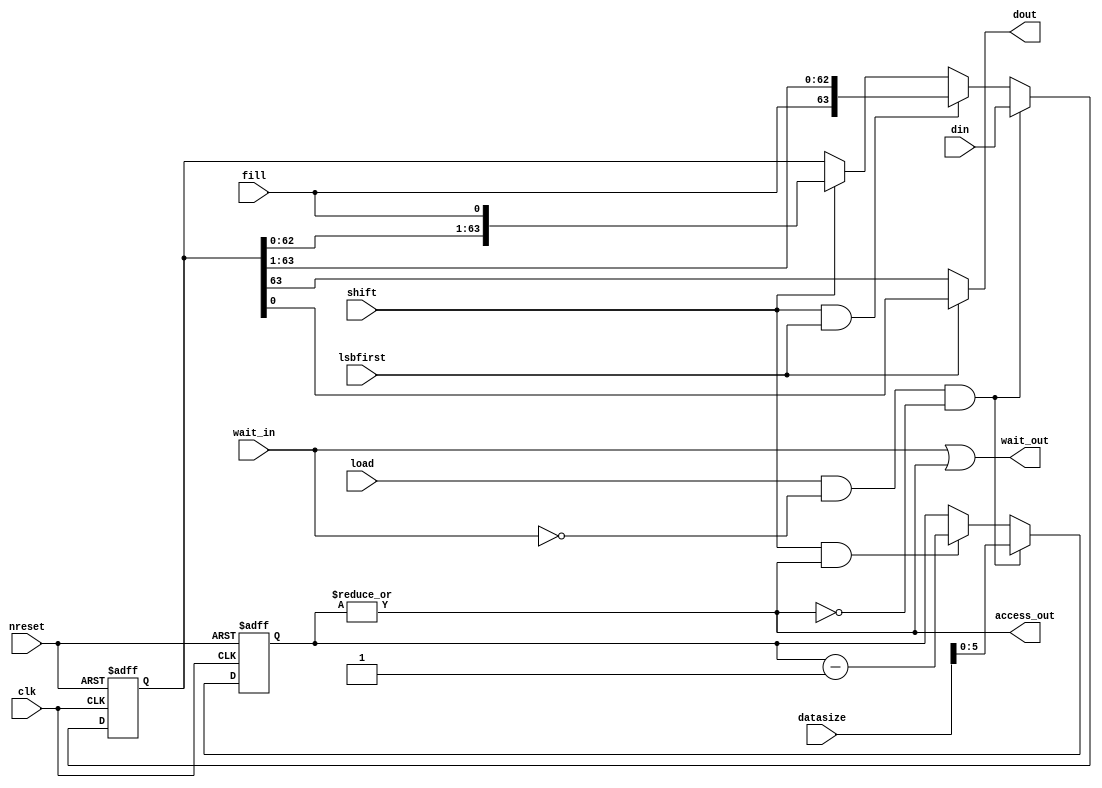
module oh_par2ser #(parameter PW = 64, // parallel packet width
		    parameter SW = 1,  // serial packet width
		    parameter CW = $clog2(PW/SW)  // serialization factor
		    )
   (
    input 	    clk, // sampling clock   
    input 	    nreset, // async active low reset
    input [PW-1:0]  din, // parallel data
    output [SW-1:0] dout, // serial output data
    output 	    access_out,// output data valid    
    input 	    load, // load parallel data (priority)   
    input 	    shift, // shift data
    input [7:0]     datasize, // size of data to shift 
    input 	    lsbfirst, // lsb first order
    input 	    fill, // fill bit  
    input 	    wait_in, // wait input  
    output 	    wait_out // wait output (wait in | serial wait)
    );
 
   // local wires
   reg [PW-1:0]    shiftreg;
   reg [CW-1:0]    count;
   wire 	   start_transfer;
   wire 	   busy;
   
   // start serialization   
   assign start_transfer = load &  ~wait_in & ~busy;

   //transfer counter
   always @ (posedge clk or negedge nreset)
     if(!nreset)
       count[CW-1:0] <= 'b0;   
     else if(start_transfer)
       count[CW-1:0] <= datasize[CW-1:0];  //one "SW sized" transfers
     else if(shift & busy)
       count[CW-1:0] <= count[CW-1:0] - 1'b1;
   
   //output data is valid while count > 0
   assign busy = |count[CW-1:0];
   
   //data valid while shifter is busy
   assign access_out = busy;
      
   //wait until valid data is finished
   assign wait_out  = wait_in | busy;
   
   // shift register
   always @ (posedge clk or negedge nreset)
     if(!nreset)
       shiftreg[PW-1:0] = 'b0;   
     else if(start_transfer)
       shiftreg[PW-1:0] = din[PW-1:0];
     else if(shift & lsbfirst)		 
       shiftreg[PW-1:0] = {{(SW){fill}}, shiftreg[PW-1:SW]};
     else if(shift)
       shiftreg[PW-1:0] = {shiftreg[PW-SW-1:0],{(SW){fill}}};
   

   assign dout[SW-1:0] = lsbfirst ? shiftreg[SW-1:0] : 
			            shiftreg[PW-1:PW-SW];	

endmodule